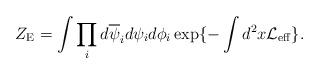
LaTeX: \begin{align*}Z_{\rm E}=\int\prod_i d\overline{\psi}_id\psi_id\phi_i \exp\{-\int d^2x{\cal L}_{\rm eff}\}. \end{align*}